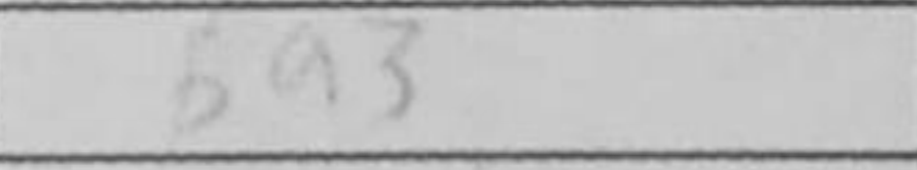
Transcription: Bg3